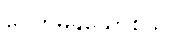
ပေတမနုသောစသိ